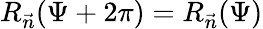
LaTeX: R_{\vec{n}}(\Psi+2\pi)=R_{\vec{n}}(\Psi)